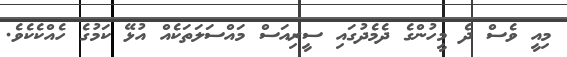
މިއީ ވެސް ދެ މީހުންގެ ދެމެދުގައި ސީރިއަސް މައްސަލަތަކެއް އުޅޭ ކަމުގެ ހެއްކެކެވެ.